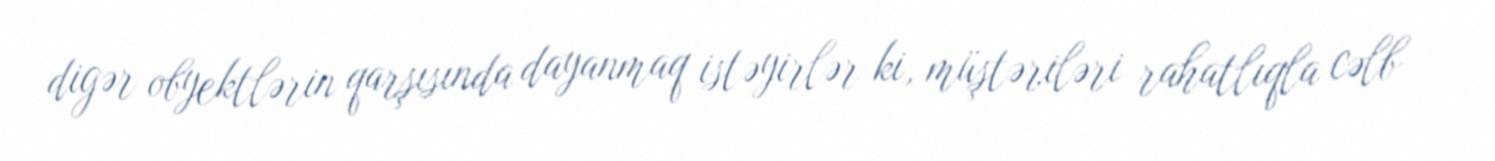
digər obyektlərin qarşısında dayanmaq istəyirlər ki, müştəriləri rahatlıqla cəlb